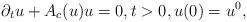
LaTeX: \begin{align*}\partial_t u + A_c(u)u =0,t>0,u(0)=u^0,\end{align*}